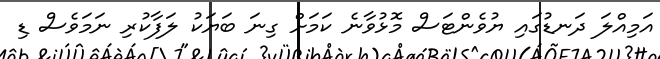
އަމިއްލަ ދަނޑުގައި ޔުވެންޓަސް މޮޅުވާނެ ކަމަށް ގިނަ ބަޔަކު ލަފާކުރި ނަމަވެސް ޑި